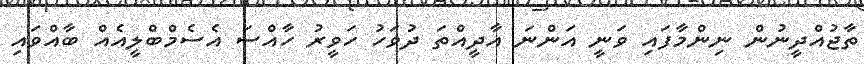
ތާޖުއްދީނުން ނިންމާފައި ވަނީ އަންނަ އާދީއްތަ ދުވަހު ހަވީރު ހާއްސަ އެސެމްބްލީއެއް ބާއްވައި